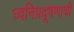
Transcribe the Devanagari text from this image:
ध्वनिप्रदूषणाची